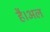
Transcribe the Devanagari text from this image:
है।अल